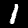
Label: 1